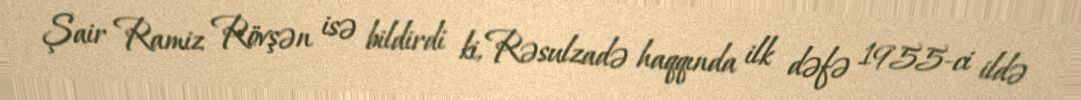
Şair Ramiz Rövşən isə bildirdi ki, Rəsulzadə haqqında ilk dəfə 1955-ci ildə